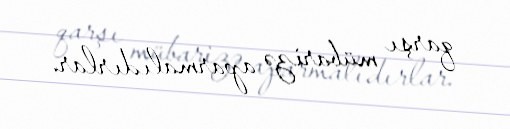
qarşı mübarizə aparmalıdırlar.